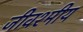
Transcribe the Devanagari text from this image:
जीवश्मीय